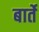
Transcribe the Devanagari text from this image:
बार्ते